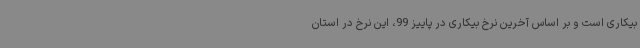
بیکاری است و بر اساس آخرین نرخ بیکاری در پاییز 99، این نرخ در استان